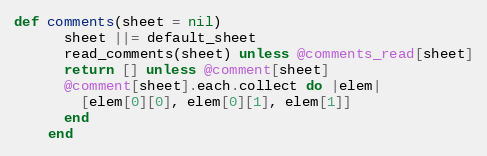
Language: Ruby
def comments(sheet = nil)
      sheet ||= default_sheet
      read_comments(sheet) unless @comments_read[sheet]
      return [] unless @comment[sheet]
      @comment[sheet].each.collect do |elem|
        [elem[0][0], elem[0][1], elem[1]]
      end
    end